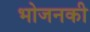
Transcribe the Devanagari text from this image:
भोजनकी